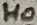
Text: H0